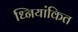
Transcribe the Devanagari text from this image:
ध्नियांकित